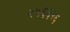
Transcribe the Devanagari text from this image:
२५६६२६